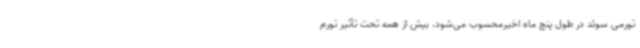
تورمی سوئد در طول پنج ماه اخیرمحسوب می‌شود، بیش از همه تحت تأثیر تورم